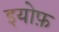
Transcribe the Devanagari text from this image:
इयोफ़